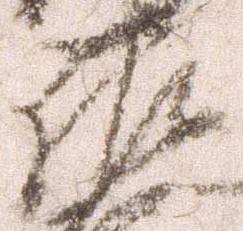
佐